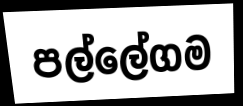
පල්ලේගම